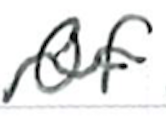
Text: of
Cross-out: wave
Writing tool: ballpoint